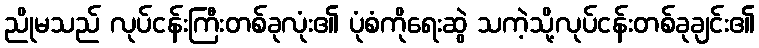
ညိုမသည် လုပ်ငန်းကြီးတစ်ခုလုံး၏ ပုံစံကိုရေးဆွဲ သကဲ့သို့လုပ်ငန်းတစ်ခုချင်း၏